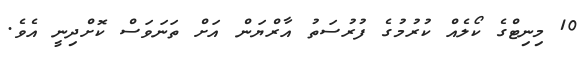
10 މިނިޓްގެ ކޯލެއް ކުރުމުގެ ފުރުސަތު އާރްޔަން އަށް ތަނަވަސް ކޮށްދިނީ އެވެ.